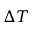
\Delta T